Scottish Certificate of Education, 1962
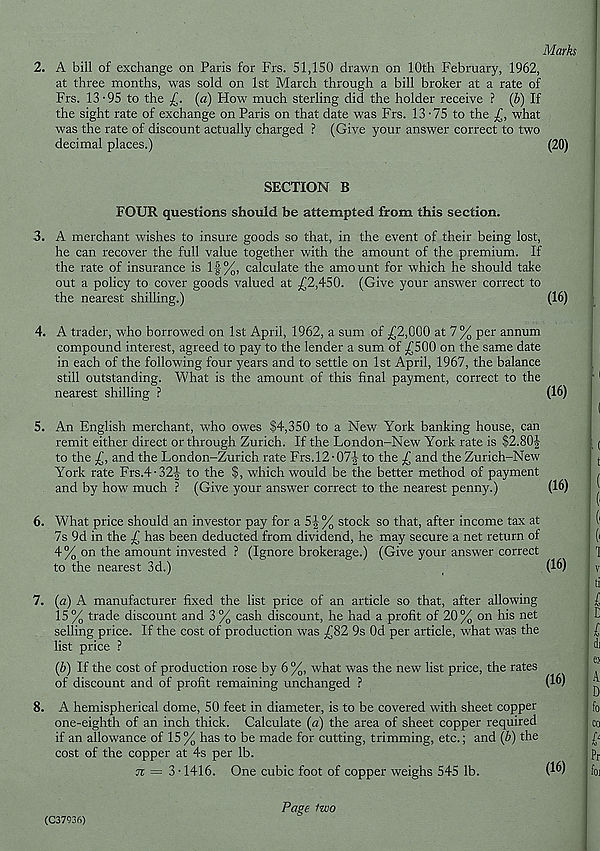
Marks
2. A bill of exchange on Paris for Frs. 51,150 drawn on 10th February, 1962,
at three months, was sold on 1st March through a bill broker at a rate of
Frs. 13-95 to the
(a) How much sterling did the holder receive ? (b) If
the sight rate of exchange on Paris on that date was Frs. 13-75 to the £, what
was the rate of discount actually charged ? (Give your answer correct to two
decimal places.)
(20)
SECTION B
FOUR questions should be attempted from this section.
3. A merchant wishes to insure goods so that, in the event of their being lost,
he can recover the full value together with the amount of the premium. If
the rate of insurance is If %, calculate the amount for which he should take
out a policy to cover goods valued at £2,450. (Give your answer correct to
the nearest shilling.)
(16)
4. A trader, who borrowed on 1st April, 1962, a sum of £2,000 at 7% per annum
compound interest, agreed to pay to the lender a sum of £500 on the same date
in each of the following four years and to settle on 1st April, 1967, the balance
still outstanding. What is the amount of this final payment, correct to the
nearest shilling ?
(16)
5. An English merchant, who owes $4,350 to a New York banking house, can
remit either direct or through Zurich. If the London-New York rate is $2.80^
to the £, and the London-Zurich rate Frs. 12-07! to the £ and the Zurich-New
York rate Frs.4-32-| to the $, which would be the better method of payment
and by how much ? (Give your answer correct to the nearest penny.)
(16)
6. What price should an investor pay for a 5f % stock so that, after income tax at
7s 9d in the £ has been deducted from dividend, he may secure a net return of
4 % on the amount invested ? (Ignore brokerage.) (Give your answer correct
to the nearest 3d.)
(16)
7. (a) A manufacturer fixed the list price of an article so that, after allowing
15% trade discount and 3% cash discount, he had a profit of 20% on his net
selling price. If the cost of production was £82 9s Od per article, what was the
list price ?
(b) If the cost of production rose by 6 %, what was the new list price, the rates
of discount and of profit remaining unchanged ?
(16)
8. A hemispherical dome, 50 feet in diameter, is to be covered with sheet copper
one-eighth of an inch thick. Calculate (a) the area of sheet copper required
if an allowance of 15 % has to be made for cutting, trimming, etc.; and (b) the
cost of the copper at 4s per lb.
jz = 3-1416. One cubic foot of copper weighs 545 lb.
(16)
Puge fzvo
(C37936)